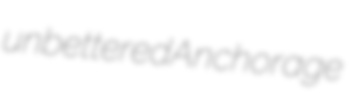
unbettered Anchorage